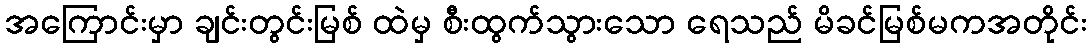
အကြောင်းမှာ ချင်းတွင်းမြစ် ထဲမှ စီးထွက်သွားသော ရေသည် မိခင်မြစ်မကအတိုင်း